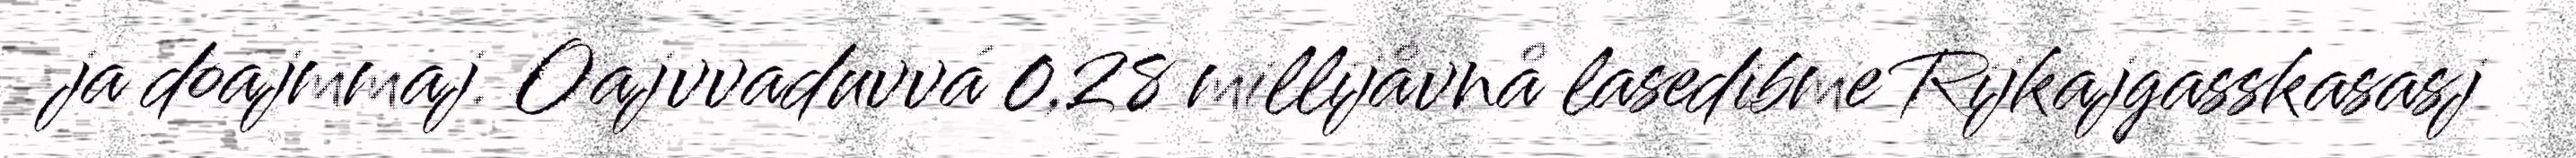
ja doajmmaj. Oajvvaduvvá 0,28 millijåvnå lasedibme Rijkajgasskasasj